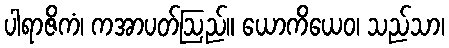
ပါရာဇိကံ၊ ကအာပတ်ဩည်။ ယောကိယေဝ၊ သည်သာ၊